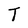
Character: T